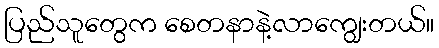
ပြည်သူတွေက စေတနာနဲ့လာကျွေးတယ်။